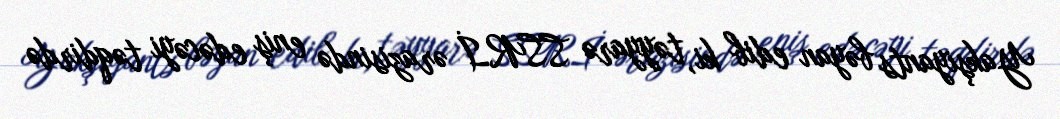
Yakşiyants bəyan edib ki, təyyarə SSRİ ərazisində eniş edəcəyi təqdirdə